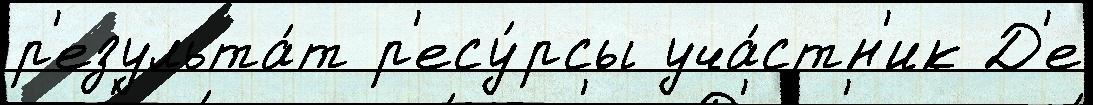
р'езульта́т р'есу́рсы уча́стн'ик Д'е